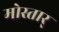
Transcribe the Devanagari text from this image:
मोस्तार्